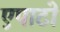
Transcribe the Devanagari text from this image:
एपाटो